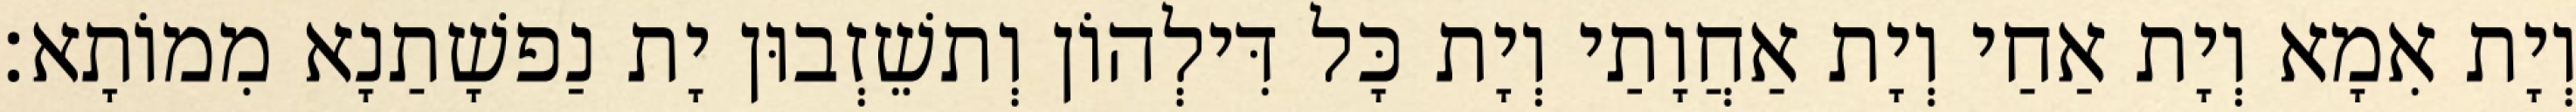
וְיָת אִמָא וְיָת אַחַי וְיָת אַחֲוָתַי וְיָת כָּל דִּילְהוֹן וְתשֵׁזְבוּן יָת נַפשָׁתַנָא מִמוֹתָא׃